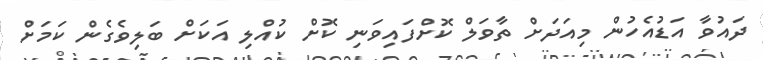
ދައުވާ އަޑުއެހުން މިއަދަށް ތާވަލް ކޮށްފައިވަނި ކޮށް ކުއްލި އަކަށް ބަލިވެގެން ކަމަށް